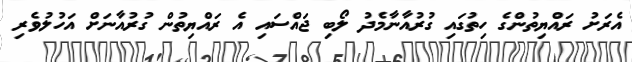
އެރަށު ރައްޔިތުންގެ ހިތުގައި ގުރުއާނާމެދު ލޯބި ޖައްސައި އެ ރައްޔިތުން ގުރުއާނަށް އަހުލުވެރި